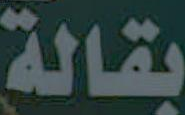
بقالة